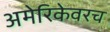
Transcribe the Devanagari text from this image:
अमेरिकेवरच